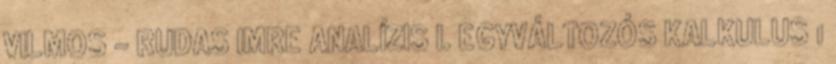
VILMOS – RUDAS IMRE ANALÍZIS I. EGYVÁLTOZÓS KALKULUS 1